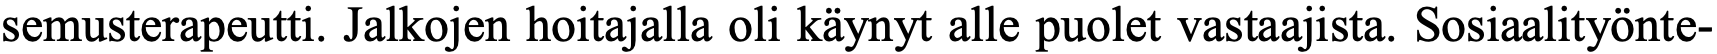
semusterapeutti. Jalkojen hoitajalla oli käynyt alle puolet vastaajista. Sosiaalityönte-